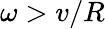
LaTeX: \omega>v/R